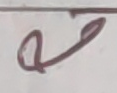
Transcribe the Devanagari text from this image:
ए